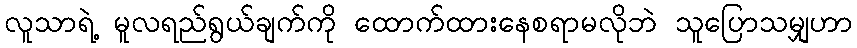
လူသာရဲ့ မူလရည်ရွယ်ချက်ကို ထောက်ထားနေစရာမလိုဘဲ သူပြောသမျှဟာ